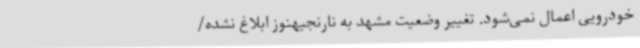
خودرویی اعمال نمی‌شود. تغییر وضعیت مشهد به نارنجیهنوز ابلاغ نشده/